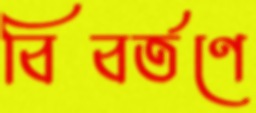
বিবর্তণে